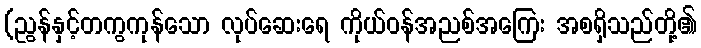
(ညွန်နှင့်တကွကုန်သော လုပ်ဆေးရေ ကိုယ်ဝန်အညစ်အကြေး အစရှိသည်တို့၏